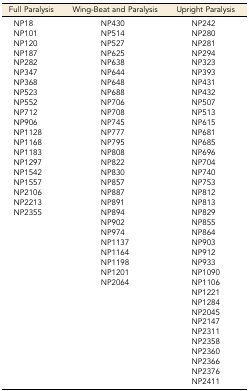
| Full Paralysis | Wing-Beat and Paralysis | Upright Paralysis |
 | --- | --- | --- |
 | NP18 | NP430 | NP242 |
 | NP101 | NP514 | NP280 |
 | NP120 | NP527 | NP281 |
 | NP187 | NP625 | NP294 |
 | NP282 | NP638 | NP323 |
 | NP347 | NP644 | NP393 |
 | NP368 | NP648 | NP431 |
 | NP523 | NP688 | NP432 |
 | NP552 | NP706 | NP507 |
 | NP712 | NP708 | NP513 |
 | NP906 | NP745 | NP615 |
 | NP1128 | NP777 | NP681 |
 | NP1168 | NP795 | NP685 |
 | NP1183 | NP808 | NP696 |
 | NP1297 | NP822 | NP704 |
 | NP1542 | NP830 | NP740 |
 | NP1557 | NP857 | NP753 |
 | NP2106 | NP887 | NP812 |
 | NP2213 | NP891 | NP813 |
 | NP2355 | NP894 | NP829 |
 |  | NP902 | NP855 |
 |  | NP974 | NP864 |
 |  | NP1137 | NP903 |
 |  | NP1164 | NP912 |
 |  | NP1198 | NP933 |
 |  | NP1201 | NP1090 |
 |  | NP2064 | NP1106 |
 |  |  | NP1221 |
 |  |  | NP1284 |
 |  |  | NP2045 |
 |  |  | NP2147 |
 |  |  | NP2311 |
 |  |  | NP2358 |
 |  |  | NP2360 |
 |  |  | NP2366 |
 |  |  | NP2376 |
 |  |  | NP2411 |